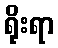
ရိုးရာ